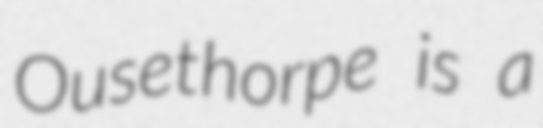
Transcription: Ousethorpe is a